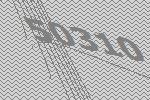
50310